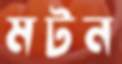
মটন